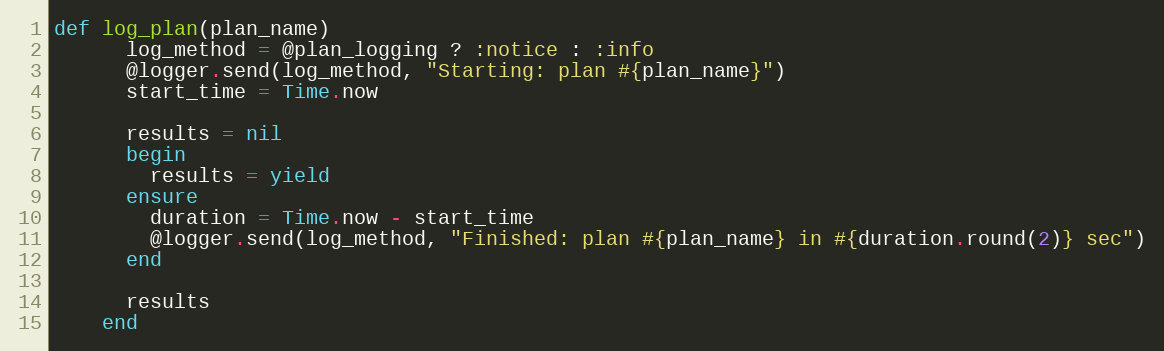
Language: Ruby
def log_plan(plan_name)
      log_method = @plan_logging ? :notice : :info
      @logger.send(log_method, "Starting: plan #{plan_name}")
      start_time = Time.now

      results = nil
      begin
        results = yield
      ensure
        duration = Time.now - start_time
        @logger.send(log_method, "Finished: plan #{plan_name} in #{duration.round(2)} sec")
      end

      results
    end